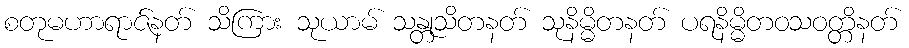
စတုမဟာရာဇ်နတ် သိကြား သုယာမ် သန္တုသိတနတ် သုနိမ္မိတနတ် ပရနိမ္မိတဝသဝတ္တိနတ်